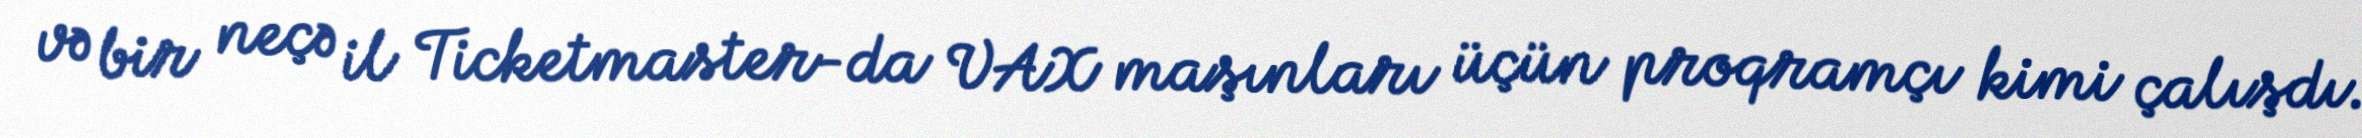
və bir neçə il Ticketmaster-da VAX maşınları üçün proqramçı kimi çalışdı.